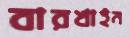
বারখাইন